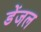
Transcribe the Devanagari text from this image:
डेंजल